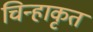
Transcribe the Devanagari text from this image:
चिन्हाकृत